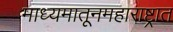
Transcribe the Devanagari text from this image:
माध्यमातूनमहाराष्ट्रात